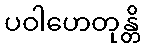
ပဝါဟေတုန္တိ